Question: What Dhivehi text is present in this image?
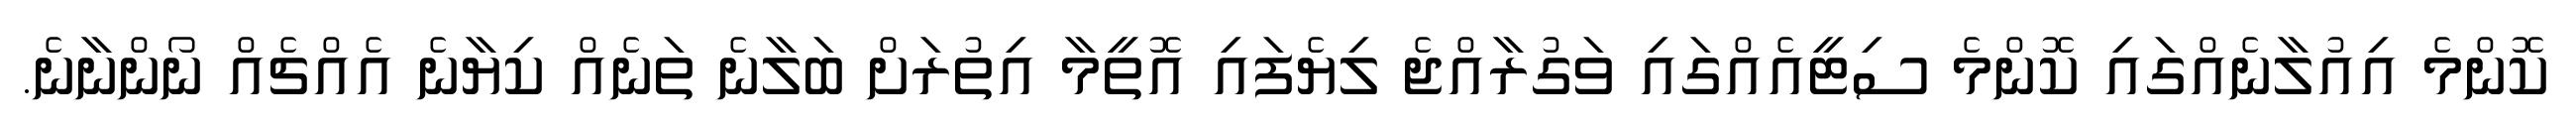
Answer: ކޮންމެ އިއުލާނެއްގައި ކޮންމެ ސިޓީއެއްގައި ވަގުރާއްޖެ ލިޔެފައި އޮތީމާ އިތުރަށް ބަލާނެ ތަނެއް ކިޔާނެ އެއްޗެއް ނޯންނާނެ.